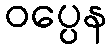
ဝပ္ပေန